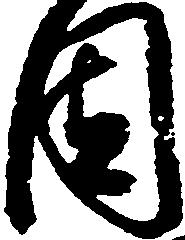
固